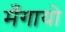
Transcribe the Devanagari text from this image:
मँगायो